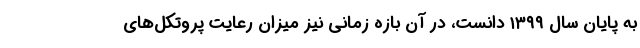
به پایان سال ۱۳۹۹ دانست، در آن بازه زمانی نیز میزان رعایت پروتکل‌های